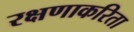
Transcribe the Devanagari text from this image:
रक्षणाकरिता